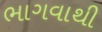
ભાગવાથી